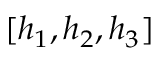
[ h _ { 1 } , h _ { 2 } , h _ { 3 } ]